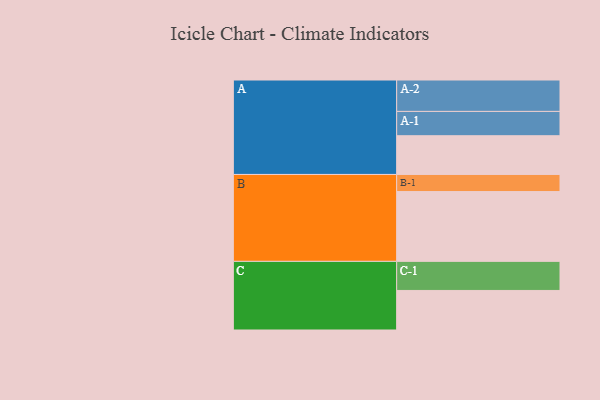
{"axis": {"x": "Segment", "y": "Value"}, "legend": ["", "A", "B", "C"], "data": [{"x": "A", "y": 333, "type": ""}, {"x": "B", "y": 600, "type": ""}, {"x": "C", "y": 340, "type": ""}, {"x": "A-1", "y": 209, "type": "A"}, {"x": "A-2", "y": 270, "type": "A"}, {"x": "B-1", "y": 147, "type": "B"}, {"x": "C-1", "y": 250, "type": "C"}]}